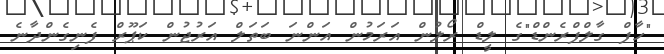
"ހާފް ގާލްފްރެންޑް"ގެ ލީޑް ރޯލުން އަރަމުން އަންނަ ބަތަލް އަރުޖުން ކަޕޫރް ފެނިގެންދާނެ